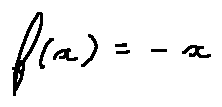
f ( x ) = - x